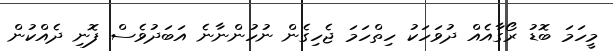
މީހަމަ ބޮޑު ރޯގާއެއް ދުވަހަކު ހިތްހަމަ ޖެހިގެން ނުހުންނާނެ އަބަދުވެސް ފޮނި ދެއްކުން